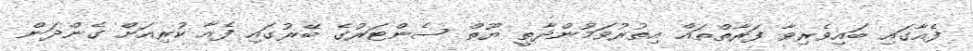
ފެއާގައި ބައިވެރިވާ ފަރާތްތައް އިތުރުވަމުންދާތީ ޔޫތް ސެންޓަރުގެ ބޭރުގައި ފެއާ ކުރިއަށް ގެންދަން